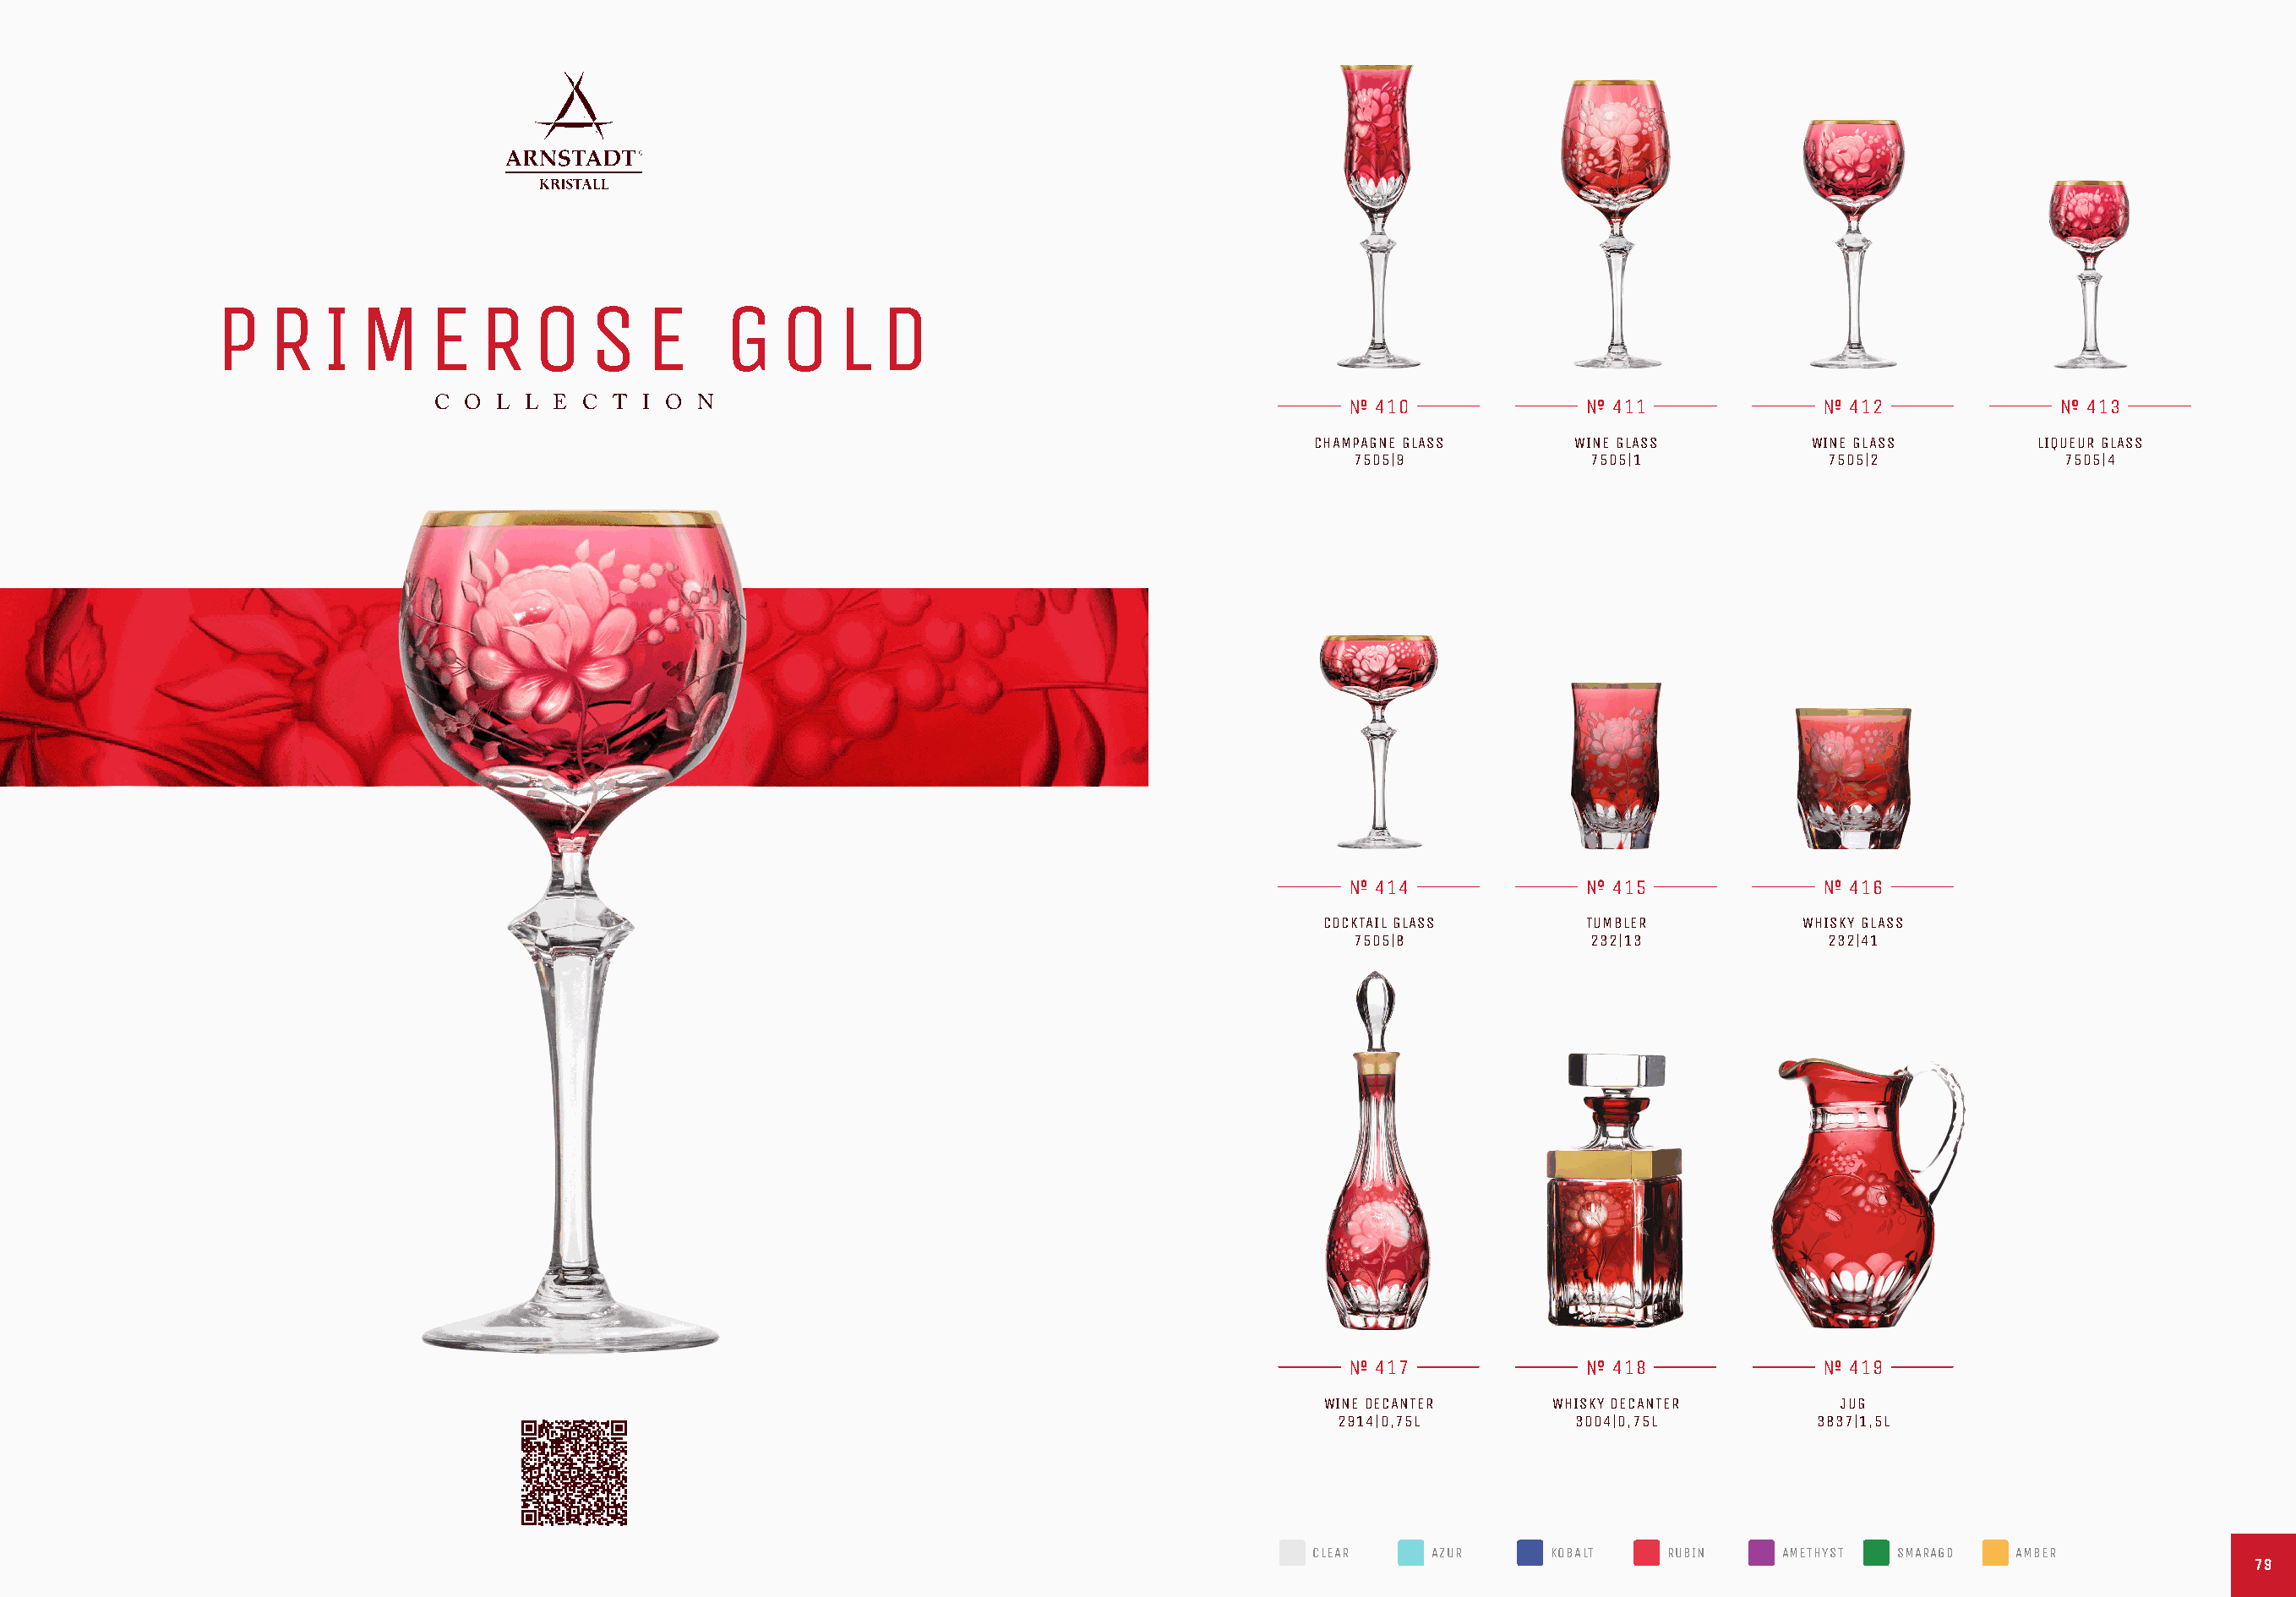
P   R   I  M     E  R    O   S    E     G   O    L  D
 C O  L L E  C T I O  N                                                    410               411                412               413
 CHAMPAGNE GLASS     WINE GLASS         WINE GLASS        LIQUEUR GLASS
 7505|9             7505|1            7505|2             7505|4
 414               415                416
 COCKTAIL GLASS      TUMBLER          WHISKY GLASS
 7505|8             232|13            232|41
 417               418                419
 WINE DECANTER     WHISKY DECANTER       JUG
 2914|0,75L        3004|0,75L         3837|1,5L
 CLEAR    AZUR     KOBALT    RUBIN    AMETHYST SMARAGD  AMBER
 7799